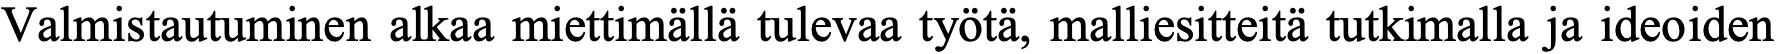
Valmistautuminen alkaa miettimällä tulevaa työtä, malliesitteitä tutkimalla ja ideoiden